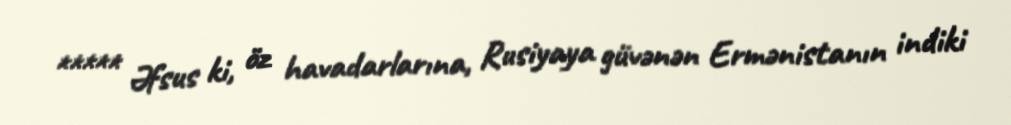
***** Əfsus ki, öz havadarlarına, Rusiyaya güvənən Ermənistanın indiki